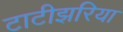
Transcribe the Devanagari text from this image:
टाटीझरिया